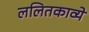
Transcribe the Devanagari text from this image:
ललितकाव्ये